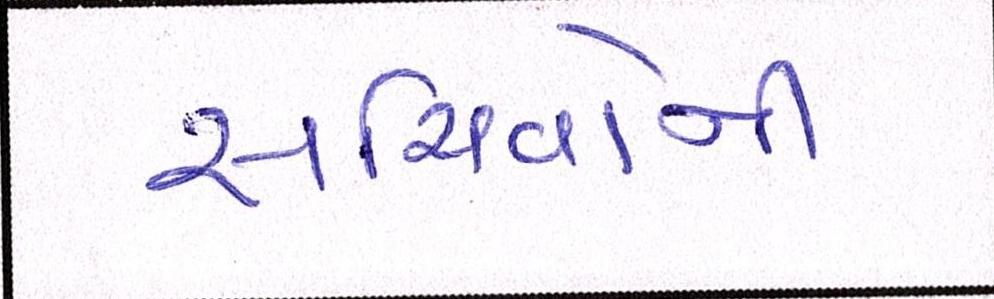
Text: સચિવોની